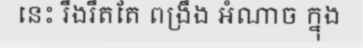
នេះ រឹងរឹតតែ ពង្រឹង អំណាច ក្នុង